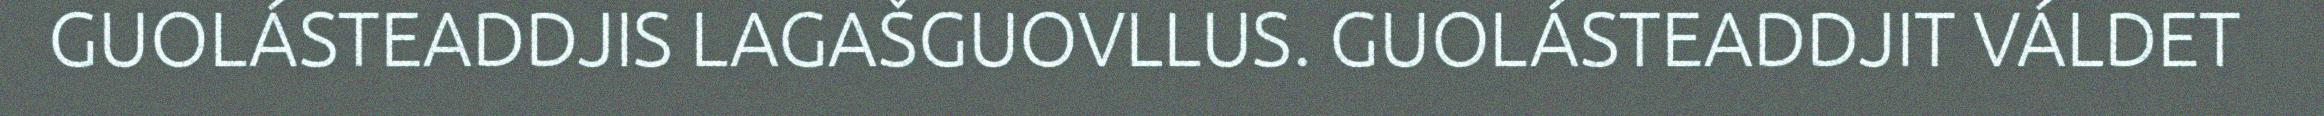
GUOLÁSTEADDJIS LAGAŠGUOVLLUS. GUOLÁSTEADDJIT VÁLDET